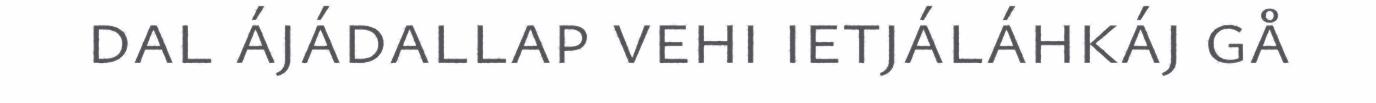
dal ájádallap vehi ietjáláhkáj gå